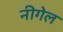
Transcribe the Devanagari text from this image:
नीगेल